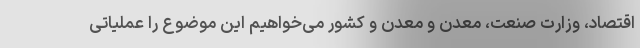
اقتصاد، وزارت صنعت، معدن و معدن و کشور می‌خواهیم این موضوع را عملیاتی